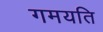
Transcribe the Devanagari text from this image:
गमयति